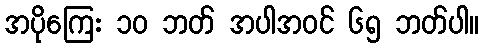
အပိုကြေး ၁၀ ဘတ် အပါအဝင် ၆၅ ဘတ်ပါ။